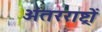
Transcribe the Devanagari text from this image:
अंतरराष्ट्रों